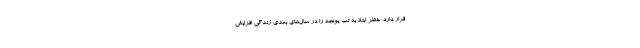
قرار دارد، خطر ابتلا به تب یونجه را در سال‌های بعدی زندگی افزایش